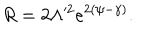
LaTeX: R = 2 \Lambda ^ { 2 } e ^ { 2 ( \psi - \gamma ) } .